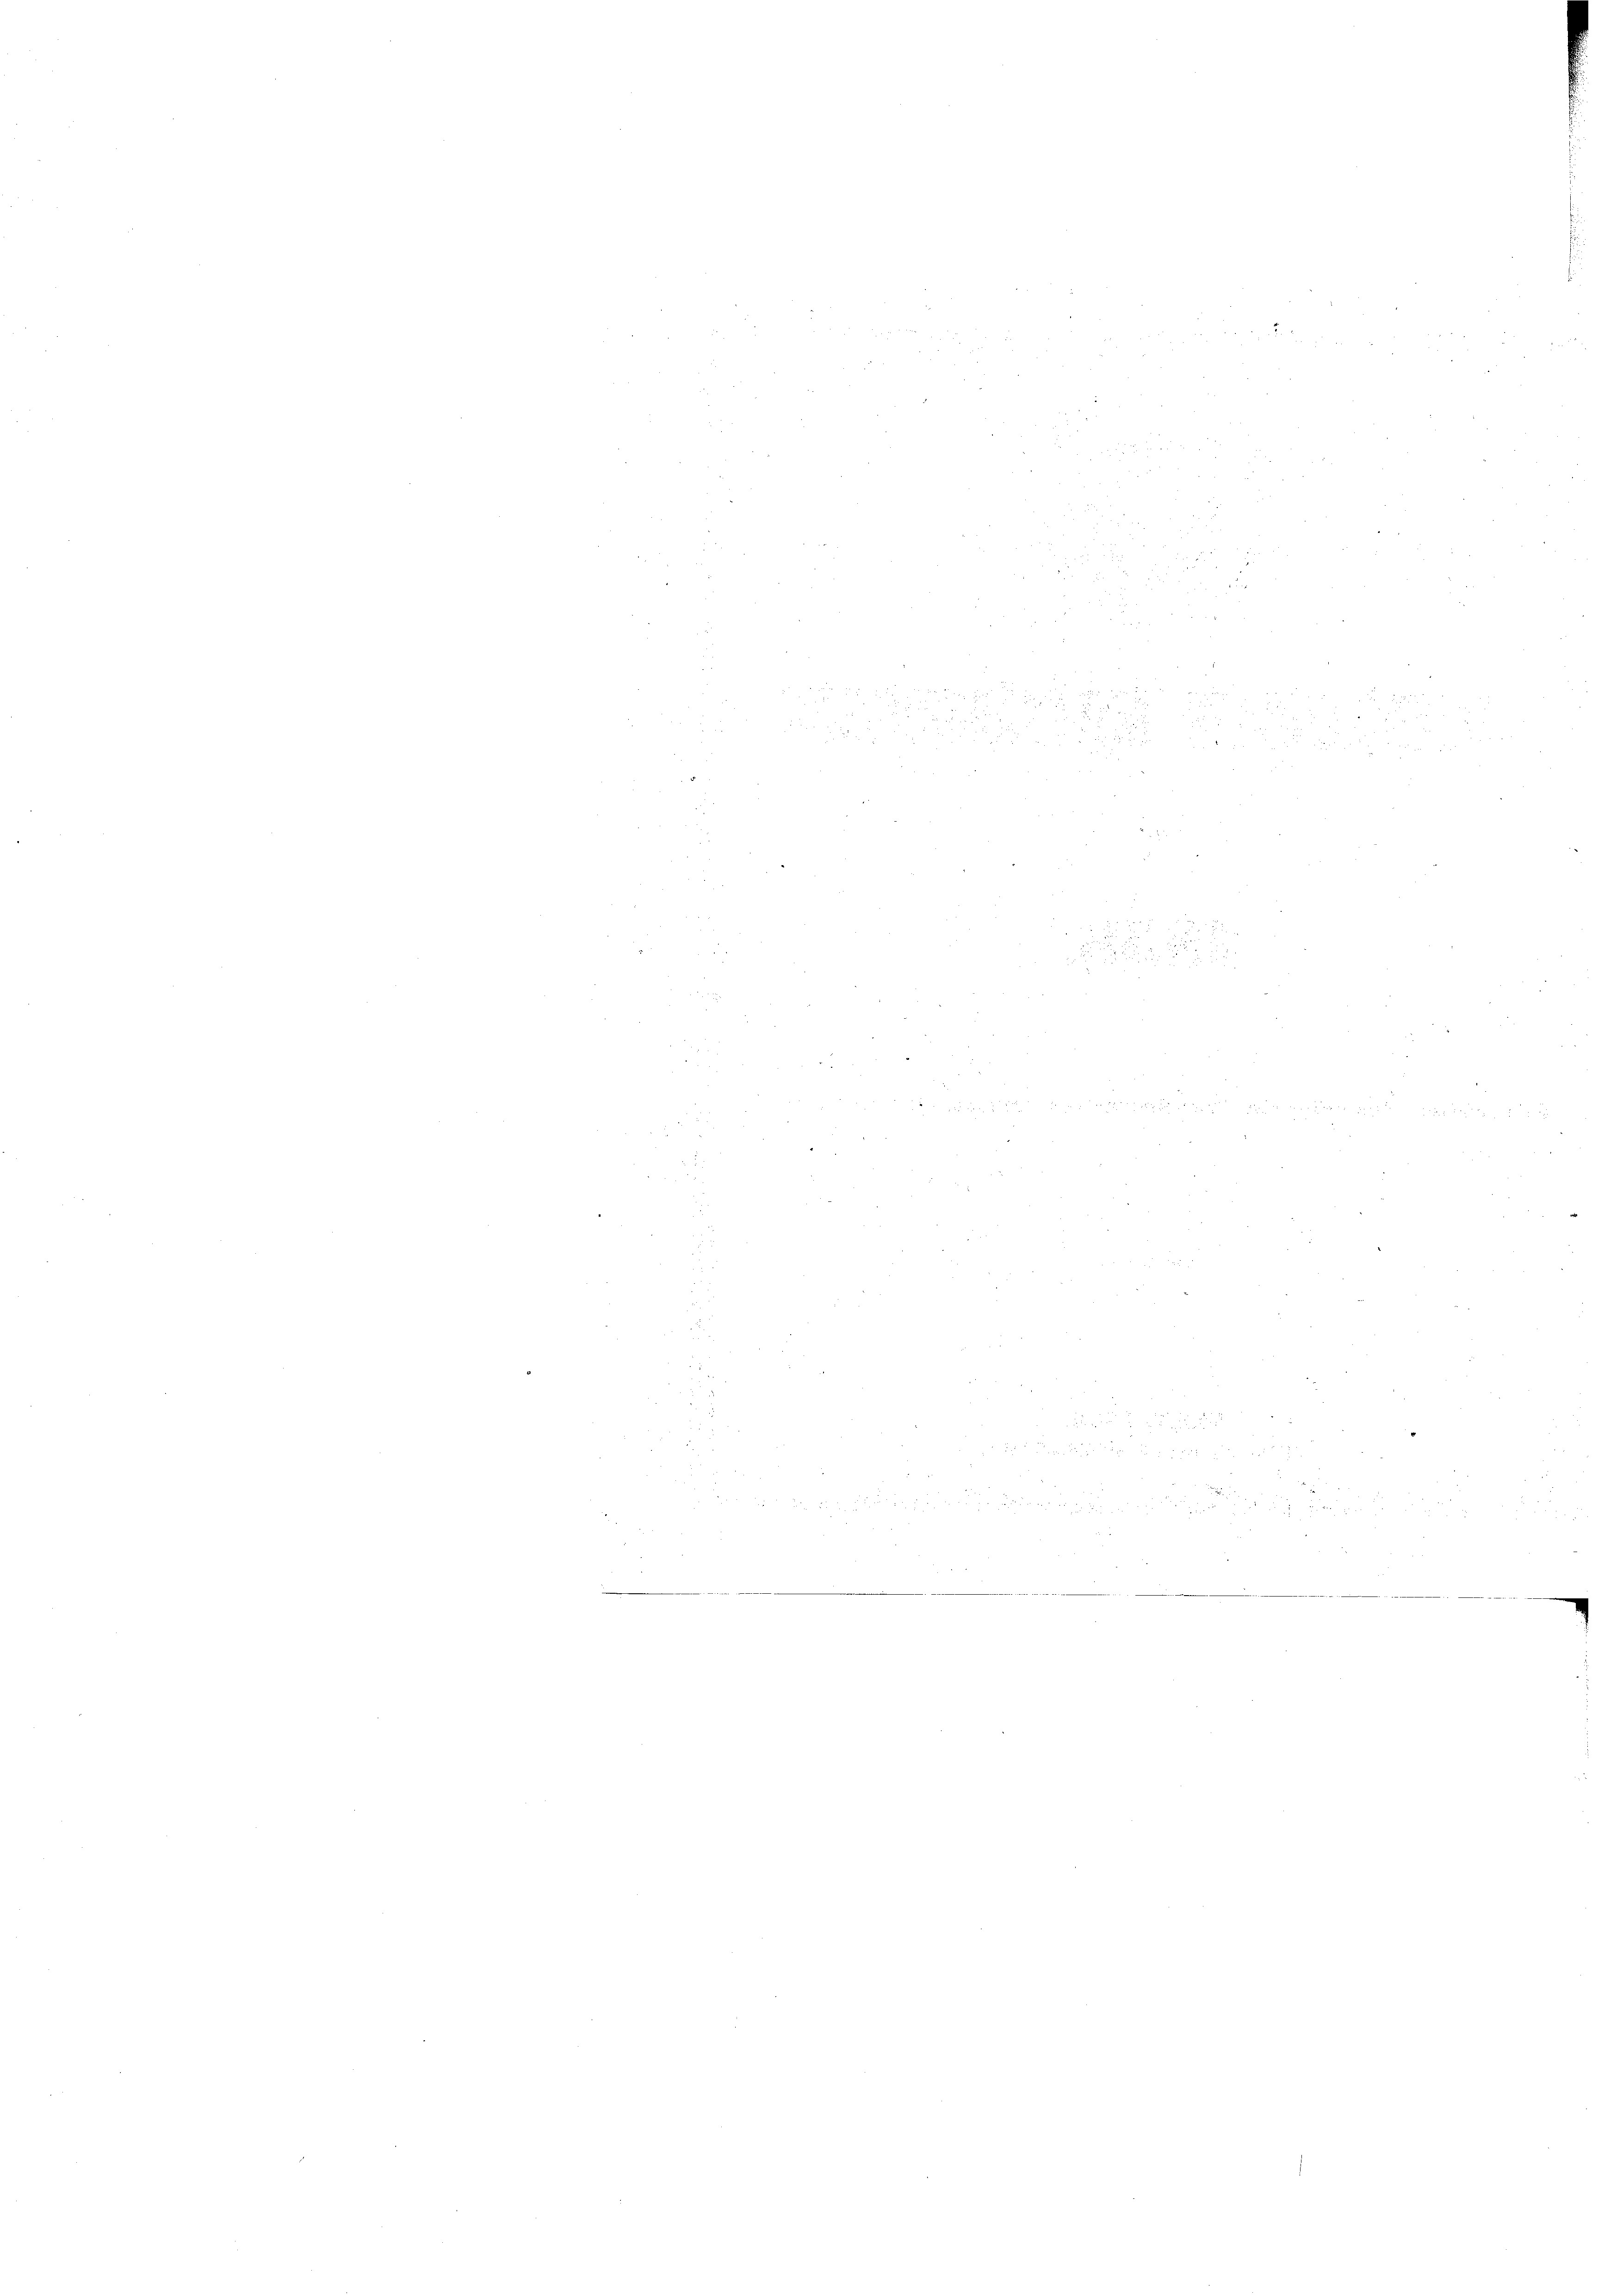
, u werden
2
2
507 x 00
x
 x
d

d

d
e
5.
8
2
5
a
5
2

3
  2 x

 x
35
.
d
u
.

2 x 2 25
d
2.

 x

22 23

 28 x
 2
 x 2
57
e
u
3
 18
 x 2 2
2
d
d

 xxx d
5

2
2
e
e
n
e

a
.
d

.
2
i

a
s
n

.
e
d

u

3
n
n
Be
d
.
u
d
3
2
8 x

28
e

d
2
uhig in eine die mit dieser darin den in Mittrictaminivitier

2 f 24 x

n

§ 55
unt

.

n